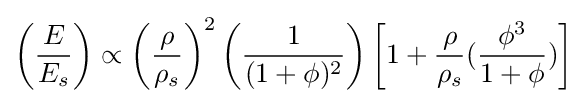
\left({\frac {E}{E_{s}}}\right)\propto \left({\frac {\rho }{\rho _{s}}}\right)^{2}\left({\frac {1}{(1+\phi )^{2}}}\right)\left[1+{\frac {\rho }{\rho _{s}}}({\frac {\phi ^{3}}{1+\phi }})\right]